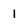
Character: 1